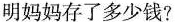
明妈妈存了多少钱?